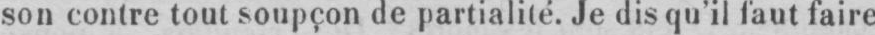
son contre tout soupçon de partialité. Je dis qu’il faut faire